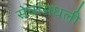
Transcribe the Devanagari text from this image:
सेवांमधली